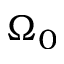
\Omega _ { 0 }